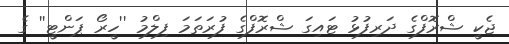
ޖެކީ ޝްރޮފްގެ ދަރިފުޅު ޓައިގަ ޝްރޮފްގެ ފުރަތަމަ ފިލްމު ''ހީރޯ ޕަންޓީ'' ގެ